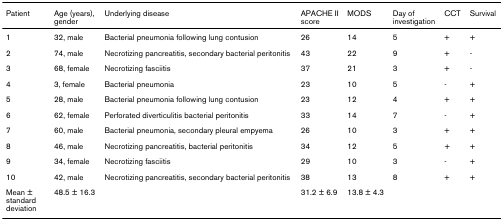
| Patient | Age (years), gender | Underlying disease | APACHE II score | MODS | Day of investigation | CCT | Survival |
 | --- | --- | --- | --- | --- | --- | --- | --- |
 | 1 | 32, male | Bacterial pneumonia following lung contusion | 26 | 14 | 5 | + | + |
 | 2 | 74, male | Necrotizing pancreatitis, secondary bacterial peritonitis | 43 | 22 | 9 | + | - |
 | 3 | 68, female | Necrotizing fasciitis | 37 | 21 | 3 | + | - |
 | 4 | 3, female | Bacterial pneumonia | 23 | 10 | 5 | - | + |
 | 5 | 28, male | Bacterial pneumonia following lung contusion | 23 | 12 | 4 | + | + |
 | 6 | 62, female | Perforated diverticulitis bacterial peritonitis | 33 | 14 | 7 | - | + |
 | 7 | 60, male | Bacterial pneumonia, secondary pleural empyema | 26 | 10 | 3 | + | + |
 | 8 | 46, male | Necrotizing pancreatitis, bacterial peritonitis | 34 | 12 | 5 | + | + |
 | 9 | 34, female | Necrotizing fasciitis | 29 | 10 | 3 | - | + |
 | 10 | 42, male | Necrotizing pancreatitis, secondary bacterial peritonitis | 38 | 13 | 8 | + | + |
 | Mean ± standard deviation | 48.5 ± 16.3 |  | 31.2 ± 6.9 | 13.8 ± 4.3 |  |  |  |